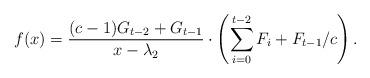
LaTeX: \begin{align*}f(x)=\frac{(c-1)G_{t-2}+G_{t-1}}{x-\lambda_2}\cdot \left(\sum_{i=0}^{t-2}F_i+F_{t-1}/c\right).\end{align*}